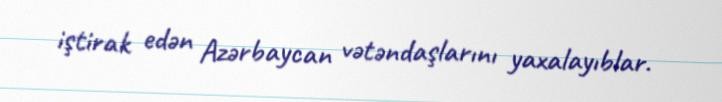
iştirak edən Azərbaycan vətəndaşlarını yaxalayıblar.